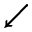
\swarrow